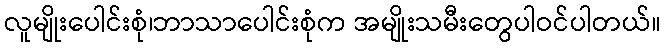
လူမျိုးပေါင်းစုံ၊ဘာသာပေါင်းစုံက အမျိုးသမီးတွေပါဝင်ပါတယ်။